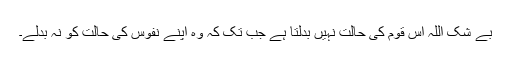
بے شک اللہ اس قوم کی حالت نہیں بدلتا ہے جب تک کہ وہ اپنے نفوس کی حالت کو نہ بدلے۔